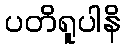
ပတိရူပါနိ